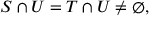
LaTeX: S \cap U = T \cap U \neq \emptyset ,